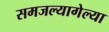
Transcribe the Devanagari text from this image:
समजल्यागेल्या